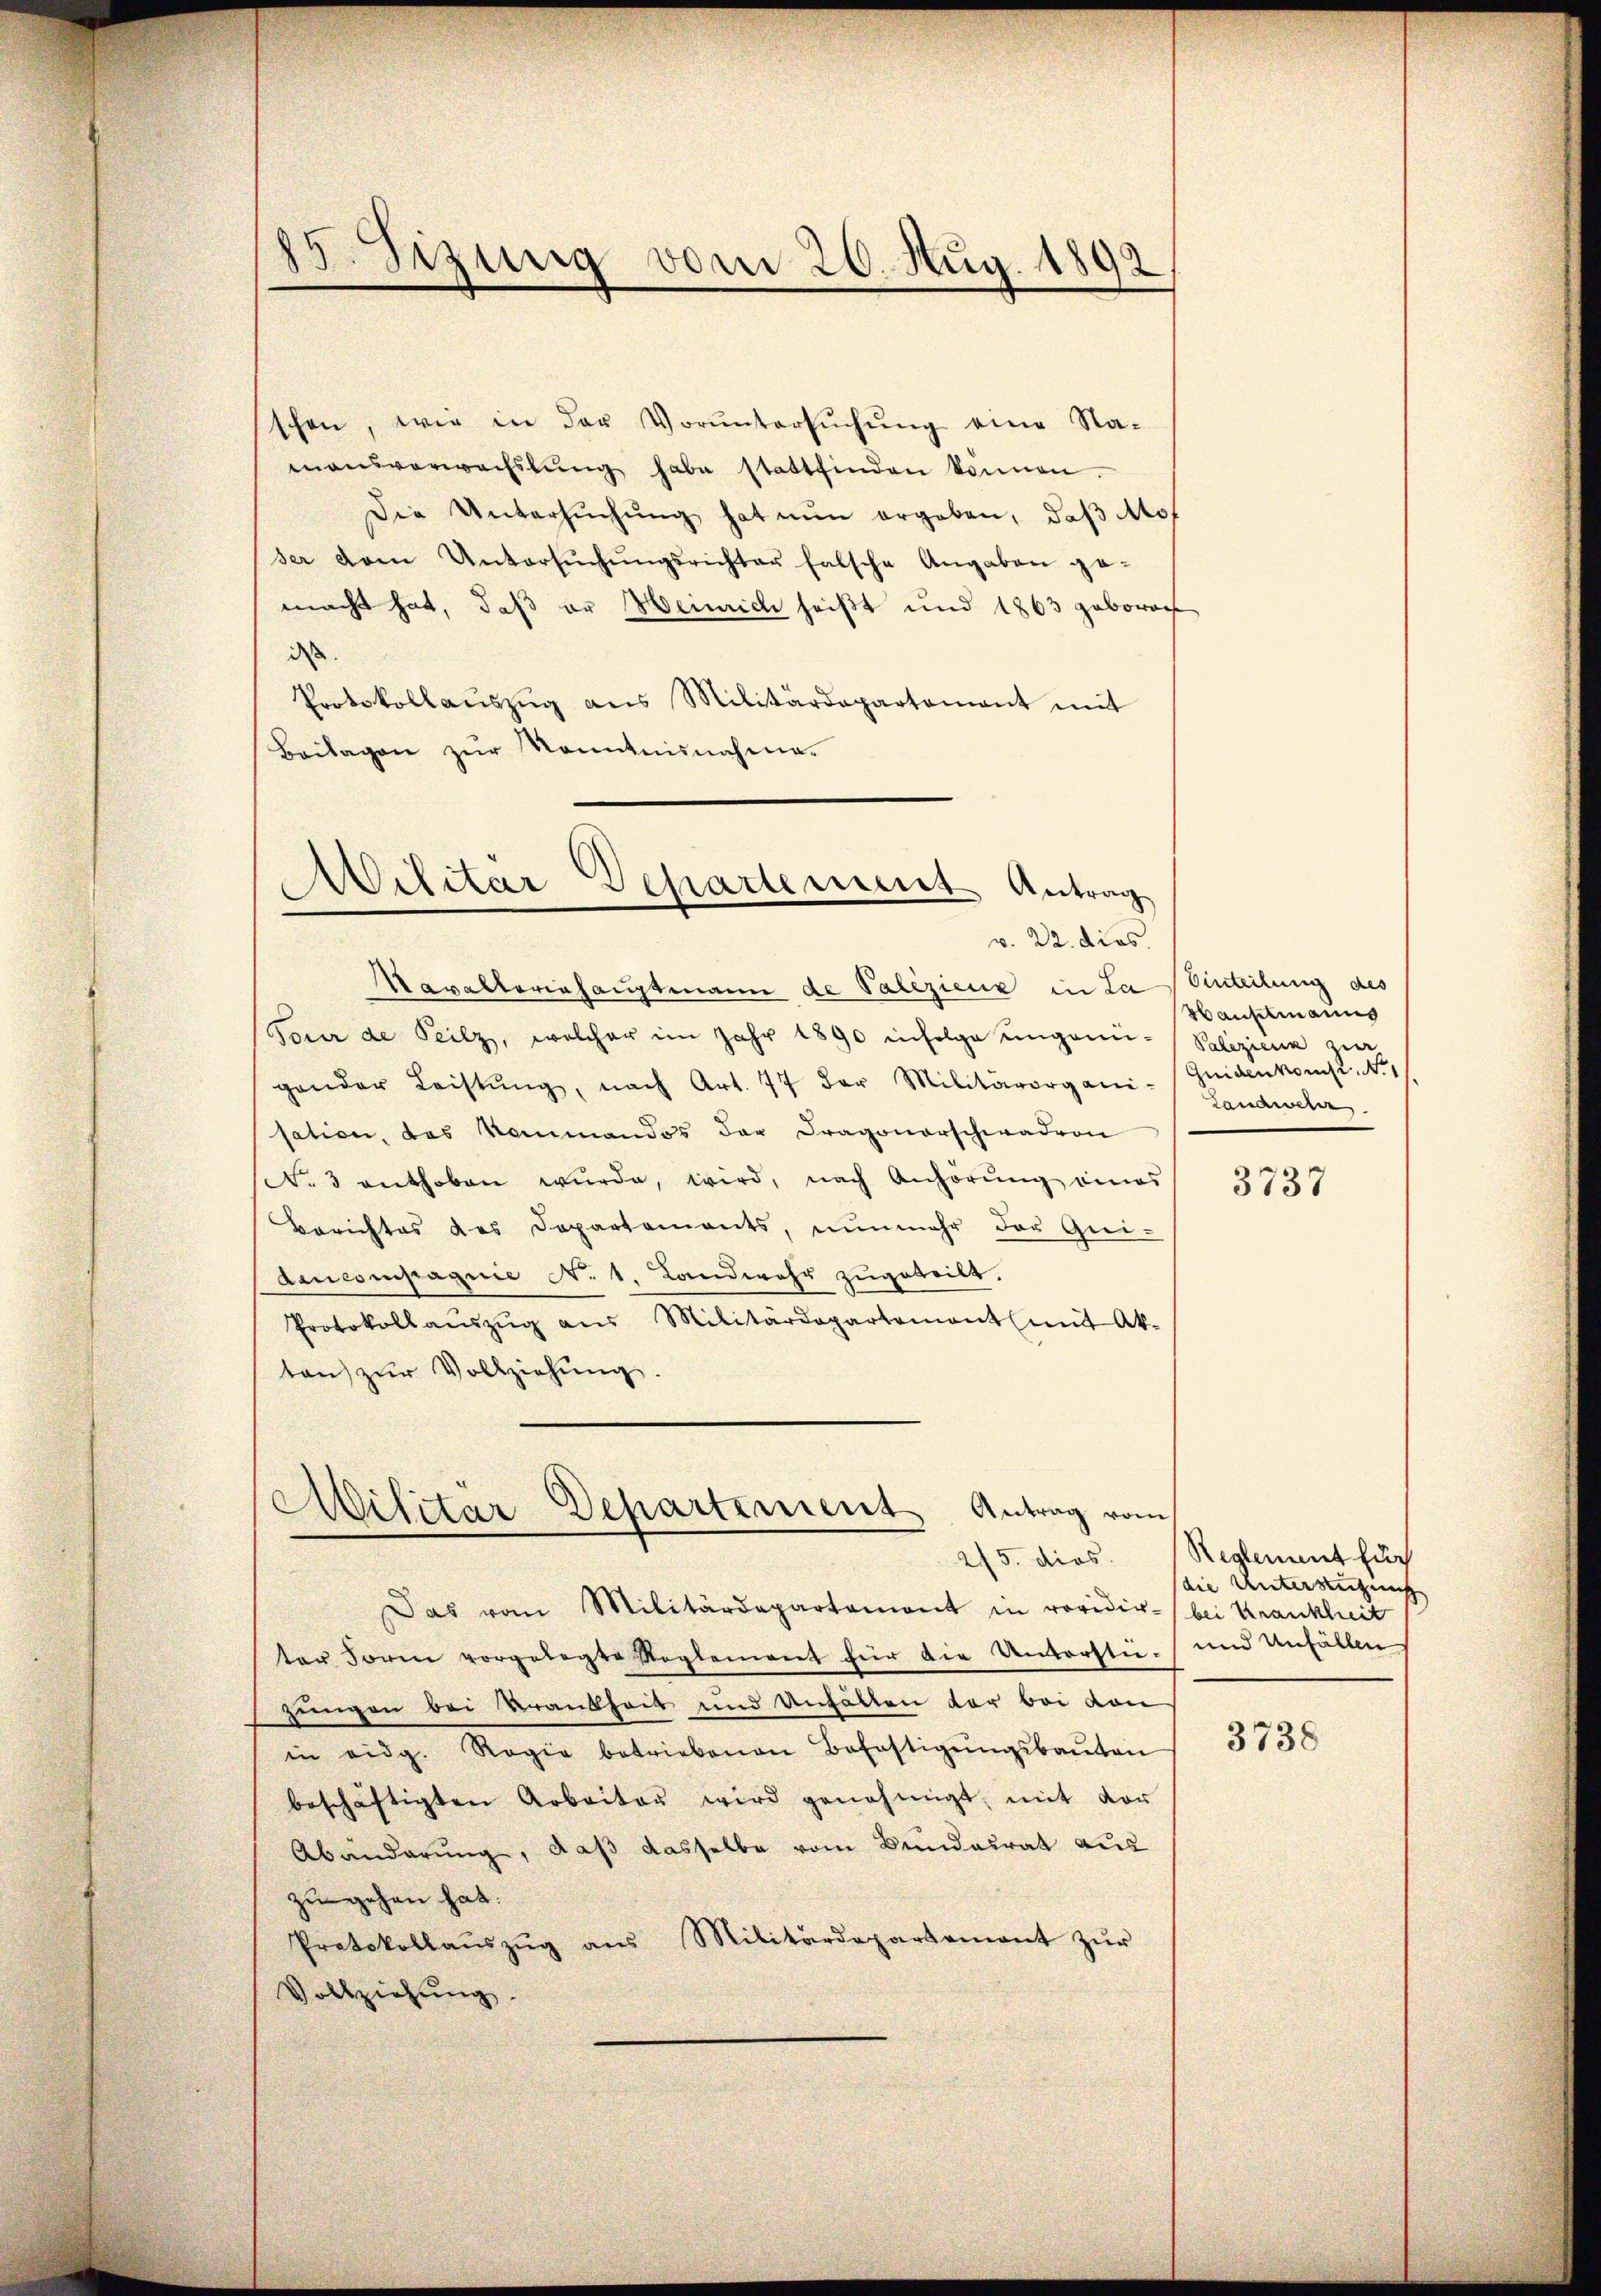
u
sizung vom 20. Aug. 1892

schen, wie in der Vorŭntersŭchŭng eine Na-
mansverwachslung habe stattfinden können.
Die Untersŭchŭng hat nŭn ergeben, daβ Mos
ser dem Untersŭchŭngsrichter falsche Angaben ga-
macht hat, daß er Heinrich heißt und 1863 gebrach
dass
Protokollaŭszŭg ans Militärdepartement mit
Beilagen zur Kenntnisnahme.
Avilitar Departement Antrag

v. 22. dies

Mavalleriehauptmann de Valezienz in La Einteilung des
Pour de Teilz, welcher im Jahr 1890 infolge ungaun- Palizicia zur
gander Leistŭng, nach Art. 77 der Militärorgani-Guidenkonst. No 1
sation, das Kommandos der Dragonerschwadern
. 3 enthoben wŭrde, wird, nach Anhörung eines
Berichtes des Departements, nŭnmehr der Grei-
Aancompagnie N. 1, Landwehr zugeteilt.
Protokollaŭszŭg aŭs Militärdepartement mit Ak-
ten zŭr Vollziehŭng.

Das vom Militärdepartement in revidir- bei Krankheit
ter Form vorgelegte Reglement für die Unterstie- und Unfällen
zungen bei Krankheit und Anhalten vor bei von
in eidg. Regie betriebenen Befestigŭngsbaŭten
beschäftigten Arbeiter wird genehmigt, mit vor
Abänderŭng, daß dasselbe vom Bundesrat aus
zu gehen hat.
Protokollaŭszŭg ans Militärdepartement zŭr
Vollziehŭng.

Militar-Departement Antrag vom

Hauptmanns
Landweler.

3737

25. dies. (Reglement für
die Unterstüzung

3738